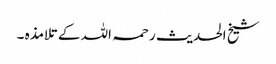
شیخ الحدیث رحمہ اللہ کے تلامذہ ۔